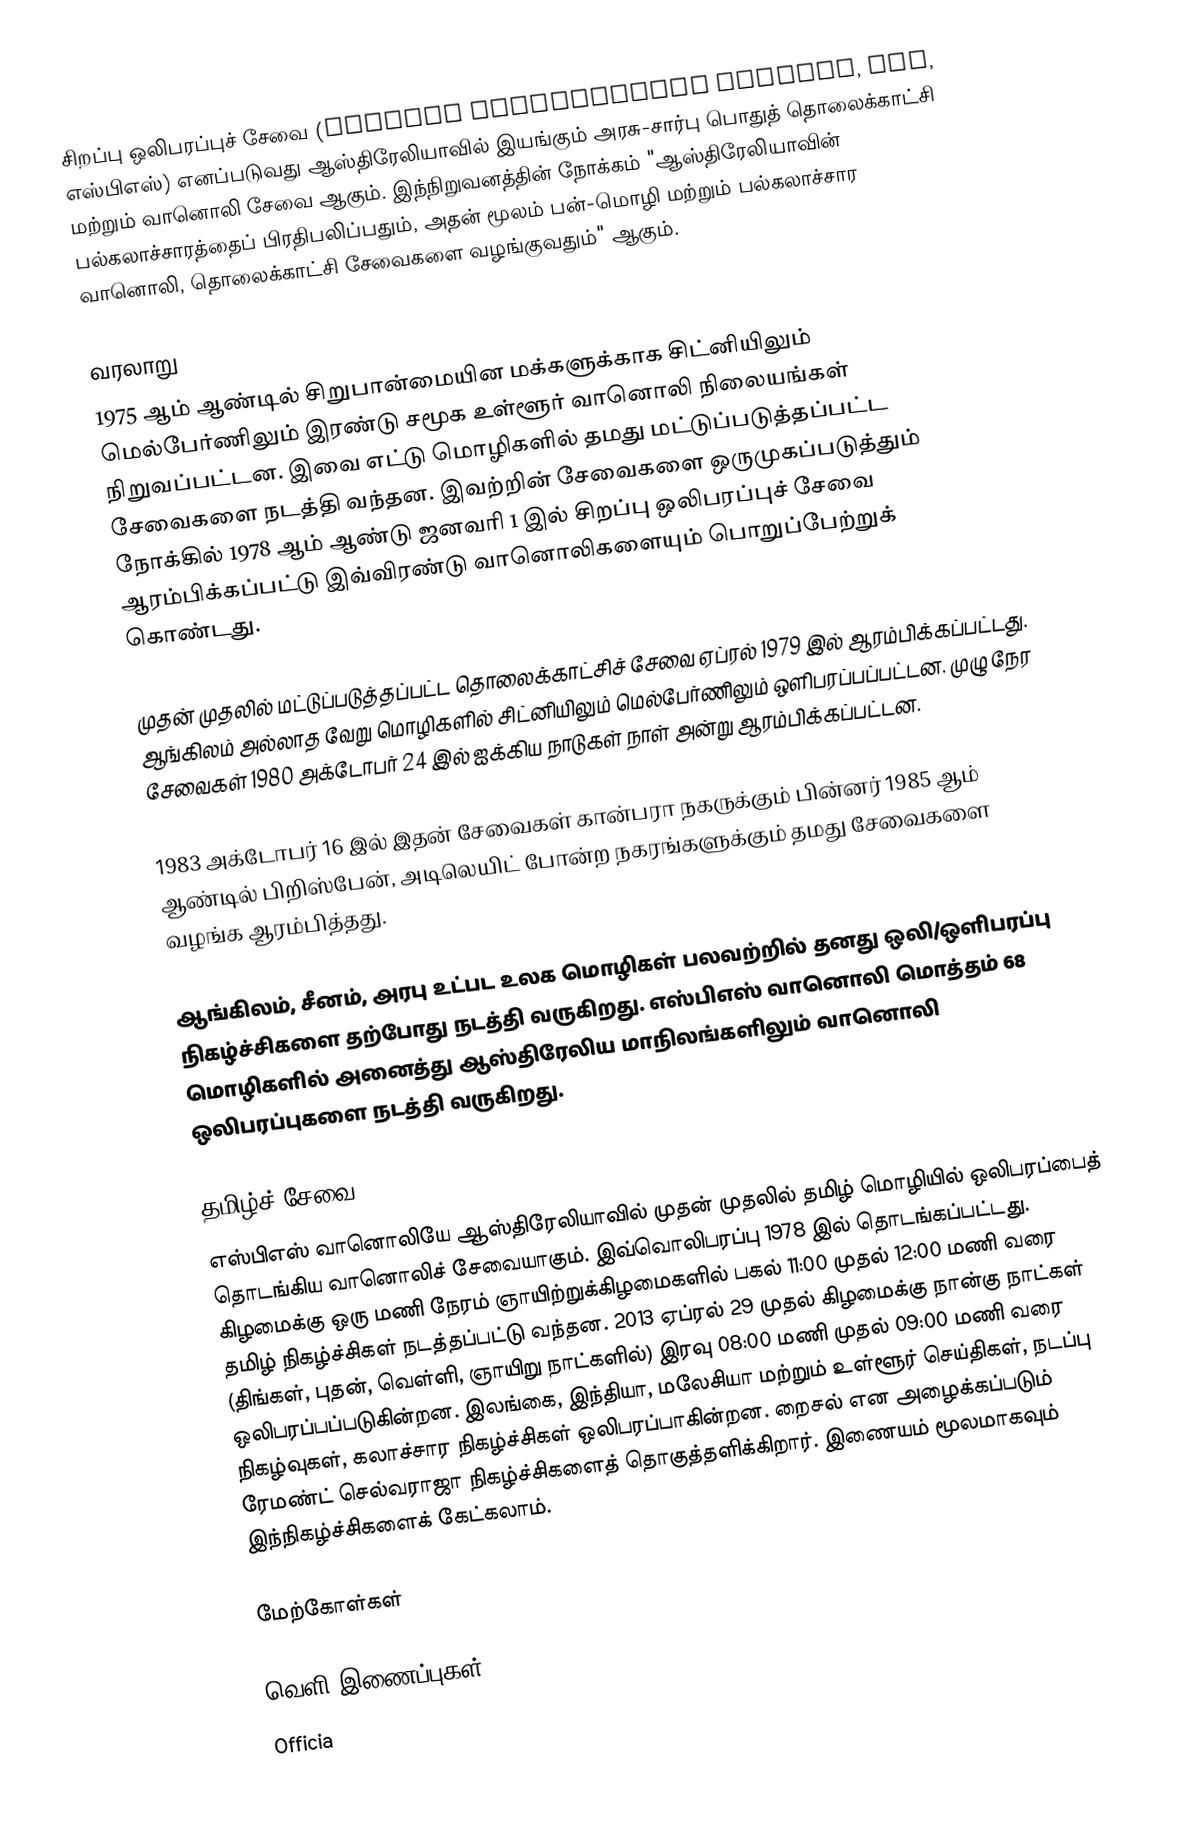
சிறப்பு ஒலிபரப்புச் சேவை (Special Broadcasting Service, SBS, எஸ்பிஎஸ்) எனப்படுவது ஆஸ்திரேலியாவில் இயங்கும் அரசு-சார்பு பொதுத் தொலைக்காட்சி மற்றும் வானொலி சேவை ஆகும். இந்நிறுவனத்தின் நோக்கம் "ஆஸ்திரேலியாவின் பல்கலாச்சாரத்தைப் பிரதிபலிப்பதும், அதன் மூலம் பன்-மொழி மற்றும் பல்கலாச்சார வானொலி, தொலைக்காட்சி சேவைகளை வழங்குவதும்" ஆகும்.

வரலாறு
1975 ஆம் ஆண்டில் சிறுபான்மையின மக்களுக்காக சிட்னியிலும் மெல்பேர்ணிலும் இரண்டு சமூக உள்ளூர் வானொலி நிலையங்கள் நிறுவப்பட்டன. இவை எட்டு மொழிகளில் தமது மட்டுப்படுத்தப்பட்ட சேவைகளை நடத்தி வந்தன. இவற்றின் சேவைகளை ஒருமுகப்படுத்தும் நோக்கில் 1978 ஆம் ஆண்டு ஜனவரி 1 இல் சிறப்பு ஒலிபரப்புச் சேவை ஆரம்பிக்கப்பட்டு இவ்விரண்டு வானொலிகளையும் பொறுப்பேற்றுக் கொண்டது.

முதன் முதலில் மட்டுப்படுத்தப்பட்ட தொலைக்காட்சிச் சேவை ஏப்ரல் 1979 இல் ஆரம்பிக்கப்பட்டது. ஆங்கிலம் அல்லாத வேறு மொழிகளில் சிட்னியிலும் மெல்பேர்ணிலும் ஒளிபரப்பப்பட்டன. முழு நேர சேவைகள் 1980 அக்டோபர் 24 இல் ஐக்கிய நாடுகள் நாள் அன்று ஆரம்பிக்கப்பட்டன.

1983 அக்டோபர் 16 இல் இதன் சேவைகள் கான்பரா நகருக்கும் பின்னர் 1985 ஆம் ஆண்டில் பிறிஸ்பேன், அடிலெயிட் போன்ற நகரங்களுக்கும் தமது சேவைகளை வழங்க ஆரம்பித்தது.

ஆங்கிலம், சீனம், அரபு உட்பட உலக மொழிகள் பலவற்றில் தனது ஒலி/ஒளிபரப்பு நிகழ்ச்சிகளை தற்போது நடத்தி வருகிறது. எஸ்பிஎஸ் வானொலி மொத்தம் 68 மொழிகளில் அனைத்து ஆஸ்திரேலிய மாநிலங்களிலும் வானொலி ஒலிபரப்புகளை நடத்தி வருகிறது.

தமிழ்ச் சேவை
எஸ்பிஎஸ் வானொலியே ஆஸ்திரேலியாவில் முதன் முதலில் தமிழ் மொழியில் ஒலிபரப்பைத் தொடங்கிய வானொலிச் சேவையாகும். இவ்வொலிபரப்பு 1978 இல் தொடங்கப்பட்டது. கிழமைக்கு ஒரு மணி நேரம் ஞாயிற்றுக்கிழமைகளில் பகல் 11:00 முதல் 12:00 மணி வரை தமிழ் நிகழ்ச்சிகள் நடத்தப்பட்டு வந்தன. 2013 ஏப்ரல் 29 முதல் கிழமைக்கு நான்கு நாட்கள் (திங்கள், புதன், வெள்ளி, ஞாயிறு நாட்களில்) இரவு 08:00 மணி முதல் 09:00 மணி வரை ஒலிபரப்பப்படுகின்றன. இலங்கை, இந்தியா, மலேசியா மற்றும் உள்ளூர் செய்திகள், நடப்பு நிகழ்வுகள், கலாச்சார நிகழ்ச்சிகள் ஒலிபரப்பாகின்றன. றைசல் என அழைக்கப்படும் ரேமண்ட் செல்வராஜா நிகழ்ச்சிகளைத் தொகுத்தளிக்கிறார். இணையம் மூலமாகவும் இந்நிகழ்ச்சிகளைக் கேட்கலாம்.

மேற்கோள்கள்

வெளி இணைப்புகள்
 Officia